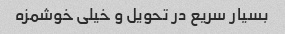
بسیار سریع در تحویل و خیلی خوشمزه